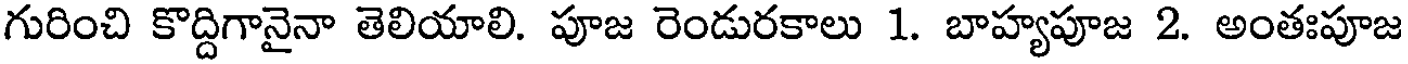
గురించి కొద్దిగానైనా తెలియాలి. పూజ రెండురకాలు 1. బాహ్యపూజ 2. అంతఃపూజ